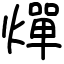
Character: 燀